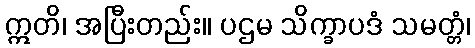
ဣတိ၊ အပြီးတည်း။ ပဌမ သိက္ခာပဒံ သမတ္တံ၊